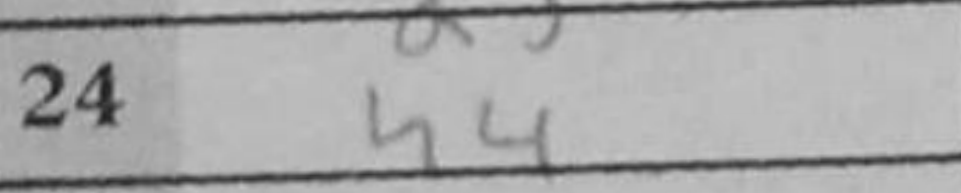
Transcription: h4